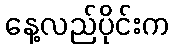
နေ့လည်ပိုင်းက